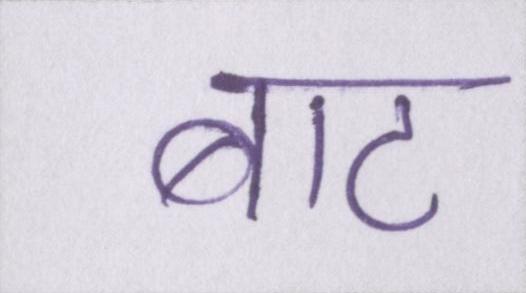
बाट